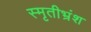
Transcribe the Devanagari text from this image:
स्मृतीभ्रंश